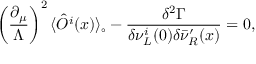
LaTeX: \left( { \frac { \partial _ { \mu } } { \Lambda } } \right) ^ { 2 } \langle \hat { O } ^ { i } ( x ) \rangle _ { \circ } - { \frac { \delta ^ { 2 } \Gamma } { \delta \nu _ { L } ^ { i } ( 0 ) \delta \bar { \nu } _ { R } ^ { \prime } ( x ) } } = 0 ,